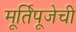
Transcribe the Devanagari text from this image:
मूर्तिपूजेची